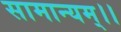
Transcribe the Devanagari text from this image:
सामान्यम्।।